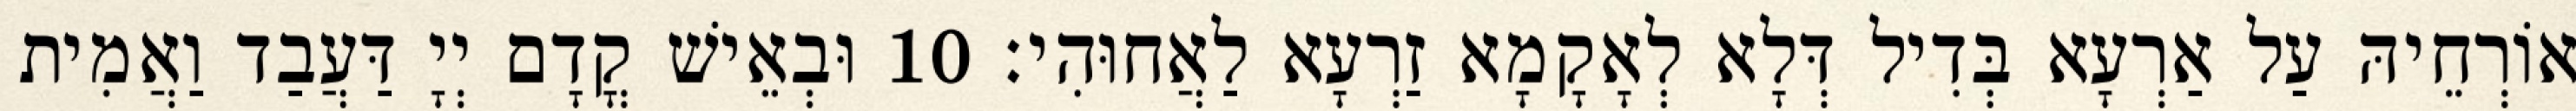
אוֹרְחֵיהּ עַל אַרְעָא בְּדִיל דְּלָא לְאָקָמָא זַרְעָא לַאֲחוּהִי׃ 10 וּבְאֵישׁ קֳדָם יְיָ דַּעֲבַד וַאֲמִית